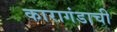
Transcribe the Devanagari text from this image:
कारागंडाची